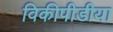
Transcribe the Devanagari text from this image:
विकीपीडीया